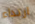
ارتداء